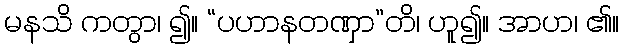
မနသိ ကတွာ၊ ၍။ “ပဟာနတဏှာ”တိ၊ ဟူ၍။ အာဟ၊ ၏။